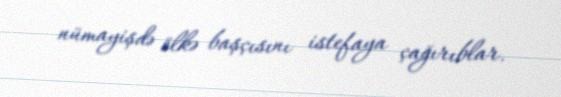
nümayişdə ölkə başçısını istefaya çağırıblar.